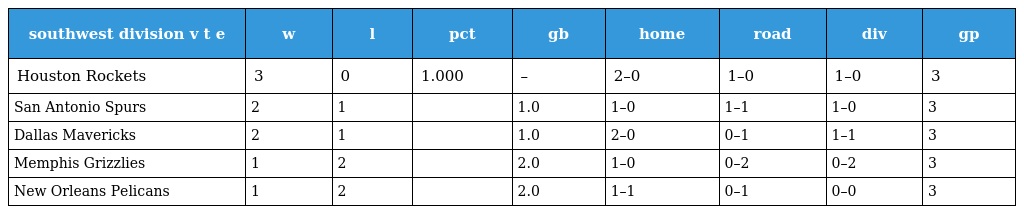
| southwest division v t e | w | l | pct | gb | home | road | div | gp |
 | --- | --- | --- | --- | --- | --- | --- | --- | --- |
 | Houston Rockets | 3 | 0 | 1.000 | – | 2–0 | 1–0 | 1–0 | 3 |
 | San Antonio Spurs | 2 | 1 |  | 1.0 | 1–0 | 1–1 | 1–0 | 3 |
 | Dallas Mavericks | 2 | 1 |  | 1.0 | 2–0 | 0–1 | 1–1 | 3 |
 | Memphis Grizzlies | 1 | 2 |  | 2.0 | 1–0 | 0–2 | 0–2 | 3 |
 | New Orleans Pelicans | 1 | 2 |  | 2.0 | 1–1 | 0–1 | 0–0 | 3 |